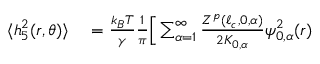
\begin{array} { r l } { \langle h _ { 5 } ^ { 2 } ( r , \theta ) \rangle } & { { } = \frac { k _ { B } T } { \gamma } \frac { 1 } { \pi } \Big [ \sum _ { \alpha = 1 } ^ { \infty } \frac { Z ^ { p } ( \ell _ { c } , 0 , \alpha ) } { 2 K _ { 0 , \alpha } } \psi _ { 0 , \alpha } ^ { 2 } ( r ) } \end{array}